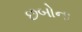
છબોના